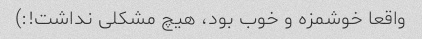
واقعا خوشمزه و خوب بود، هیچ مشکلی نداشت!:)